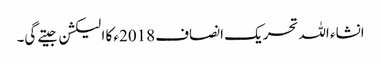
انشاء اللہ تحریک انصاف 2018ء کا الیکشن جیتے گی۔